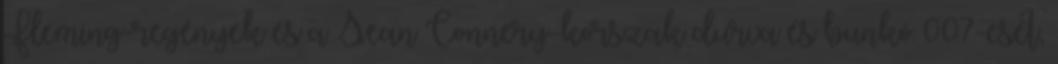
Fleming-regények és a Sean Connery-korszak durva és bunkó 007-esét,